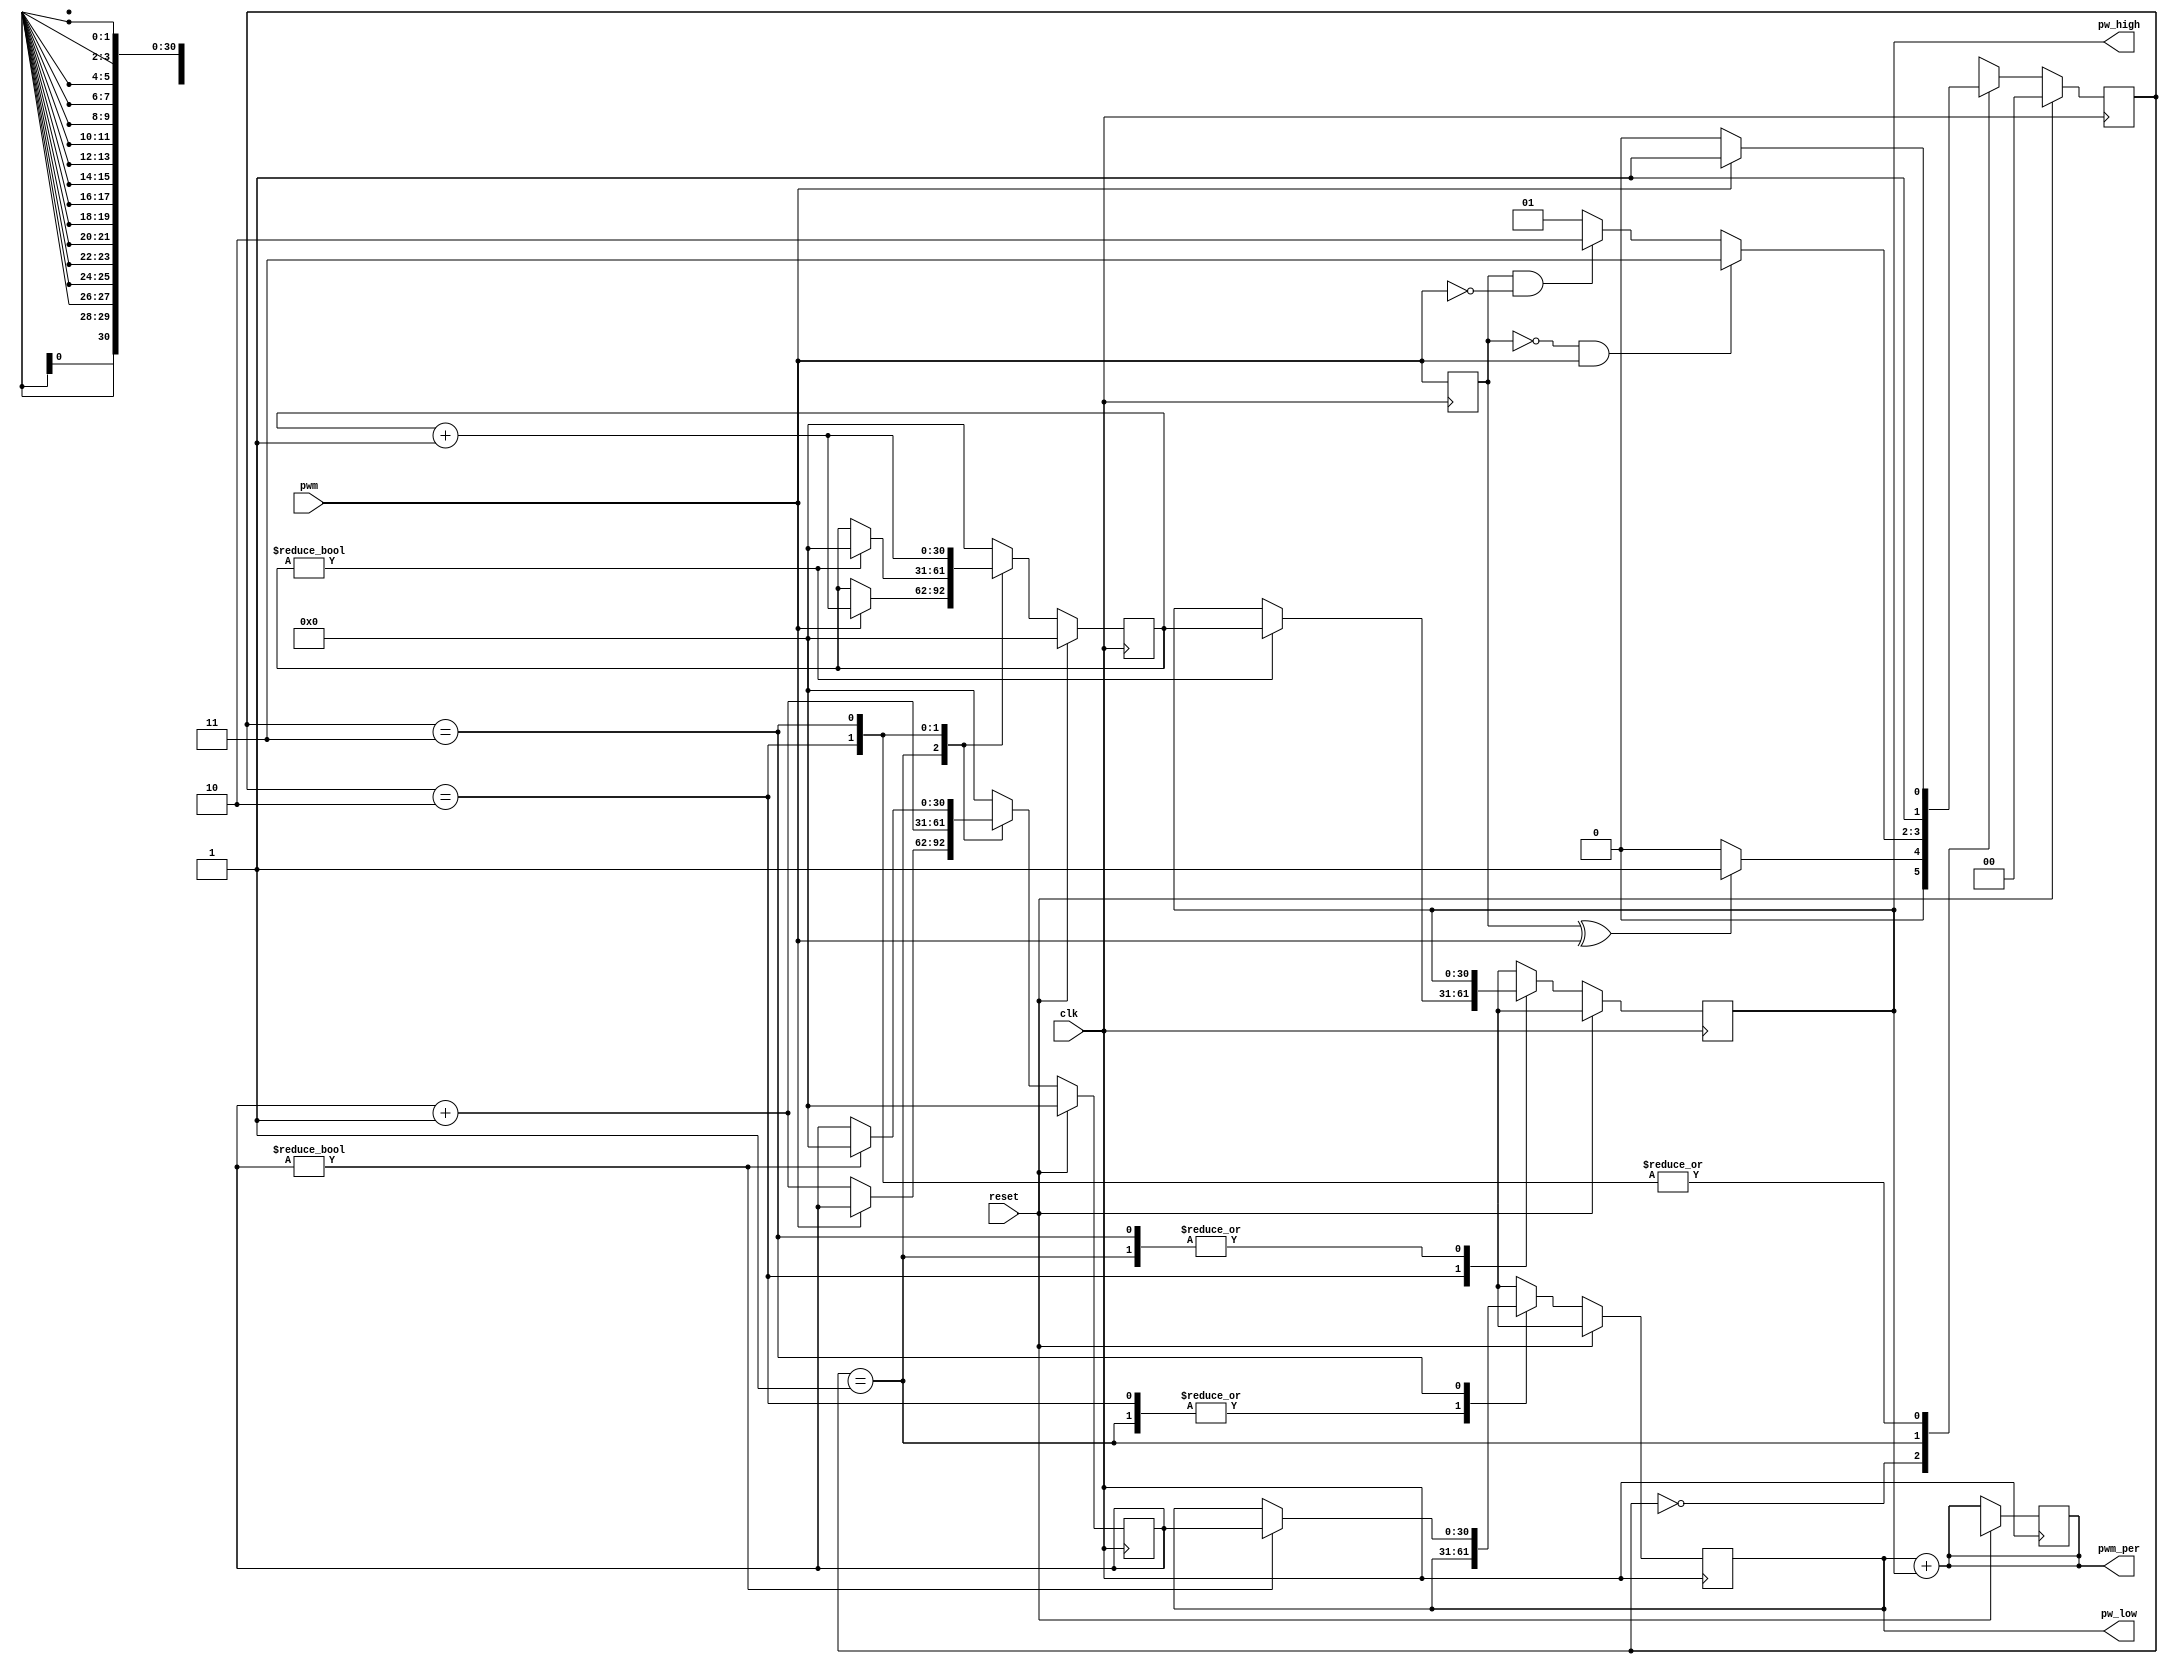
module pulseLength (
   input  wire        clk,
   input  wire        reset,
   output reg  [30:0] pw_low,
   output reg  [30:0] pw_high,
   output reg  [31:0] pwm_per,
   input  wire        pwm
);

   reg [1:0] ps, ns;
   parameter
   init  = 2'b00,
   first = 2'b01,
   low   = 2'b10,
   high  = 2'b11;

   reg        pwm_prev;
   reg [30:0] count_clk0, count_clk1;
   initial begin
      ps = init;

      pwm_prev   =  1'b1;
      count_clk0 = 31'b0;
      count_clk1 = 31'b0;
      pw_high    = 31'b0;
      pw_low     = 31'b0;
      pwm_per    = 32'b0;
   end

   always @ (*) begin
      case (ps)
         init:  if (pwm_prev ^ pwm)       ns = first;
                else                      ns = init;
         first: if (~pwm_prev & pwm)      ns = high;
                else if (pwm_prev & ~pwm) ns = low;
                else                      ns = first;
         low:   if (pwm)                  ns = high;
                else                      ns = low;
         high:  if (~pwm)                 ns = low;
                else                      ns = high;
      endcase
      pwm_per = pw_low + pw_high;
   end

   always @ (posedge clk) begin
      if (reset) begin
         count_clk0 <= 31'b0;
         count_clk1 <= 31'b0;
         pw_high    <= 31'bX;
         pw_low     <= 31'bX;
         pwm_per    <= 32'bX;
      end else begin
         case (ps)
            first:   begin
                        if (~pwm) count_clk0 <= count_clk0 + 1'b1;
                        else      count_clk1 <= count_clk1 + 1'b1;
                     end
            low:     begin
                        if (count_clk1) begin
                           pw_high    <= count_clk1;
                           count_clk1 <= 31'b0;
                        end
                        count_clk0 <= count_clk0 + 1'b1;
                     end
            high:    begin
                        if (count_clk0) begin
                           pw_low     <= count_clk0;
                           count_clk0 <= 31'b0;
                        end
                        count_clk1 <= count_clk1 + 1'b1;
                     end
            default: begin
                        pw_low     <= 31'bX;
                        pw_high    <= 31'bX;
                        count_clk0 <= 31'b0;
                        count_clk1 <= 31'b0;
                     end
         endcase
      end

      pwm_prev <= pwm;
   end
   
   always @ (posedge clk) begin
      if (reset) ps <= init;
      else       ps <= ns;
   end
endmodule